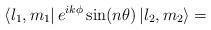
LaTeX: \begin{align*} \left\langle l_1, m_1 \right| e^{i k \phi} \sin(n \theta) \left| l_2 , m_2\right\rangle=\end{align*}